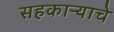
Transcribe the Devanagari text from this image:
सहकाऱ्याचे